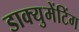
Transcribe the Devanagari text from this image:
डाक्युमेंटिंग